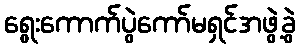
ရွေးကောက်ပွဲကော်မရှင်အဖွဲ့ခွဲ